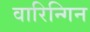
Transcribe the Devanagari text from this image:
वारिन्गिन